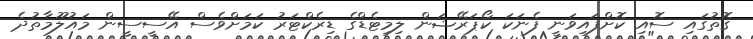
ގޮތުގައި ސޮއި ކޮށްފައިވަނީ ފެނަކަ ކޯޕަރޭޝަން ލިމިޓެޑްގެ ޑިރެކްޓަރު ކަމަށްވެސް އޭސީސީން މައުލޫމާތުދެ